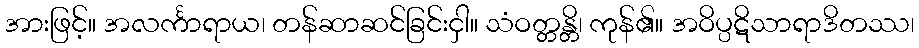
အားဖြင့်။ အလင်္ကာရာယ၊ တန်ဆာဆင်ခြင်းငှါ။ သံဝတ္တန္တိ၊ ကုန်၏။ အဝိပ္ပဋိသာရာဒိတဿ၊